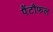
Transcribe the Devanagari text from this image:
पैंटौफल